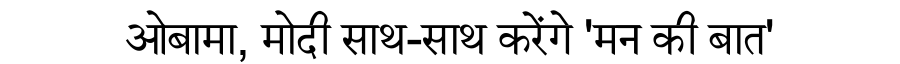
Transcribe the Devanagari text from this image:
ओबामा, मोदी साथ-साथ करेंगे 'मन की बात'